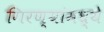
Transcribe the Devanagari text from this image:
गिरण्यांमध्ये